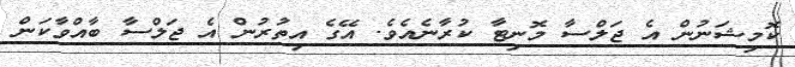
ކޮމިޝަނުން އެ ޖަލްސާ މޮނިޓާ ކުރާނެއެވެ. އޭގެ އިތުރުން އެ ޖަލްސާ ބާއްވާކަން